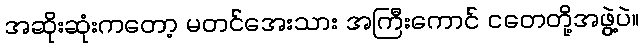
အဆိုးဆုံးကတော့ မတင်အေးသား အကြီးကောင် ငတေတို့အဖွဲ့ပဲ။